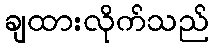
ချထားလိုက်သည်